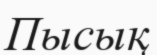
Пысық